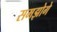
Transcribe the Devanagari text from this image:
समझोगे